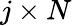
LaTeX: j\times N